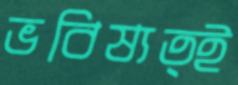
ভবিষ্যত্ই